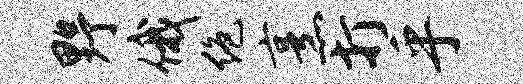
野俄绝烹打乎